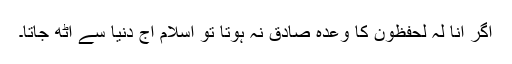
اگر انا لہٗ لحٰفظون کا وعدہ صادق نہ ہوتا تو اسلام آج دنیا سے اٹھ جاتا۔